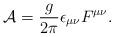
LaTeX: \begin{align*}{\cal A}= {{g}\over{2\pi }} \epsilon _{\mu\nu }F^{\mu\nu}.\end{align*}